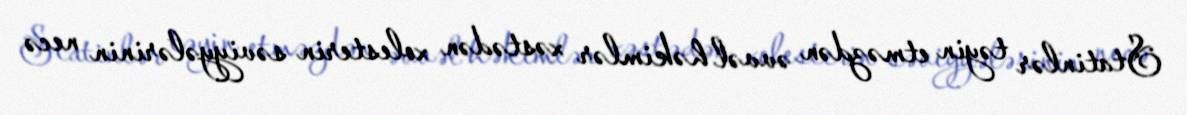
Statinlər təyin etməzdən əvvəl həkimlər xəstədən xolesterin səviyyələrinin necə